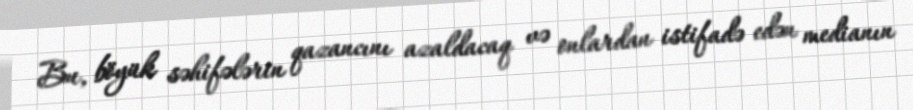
Bu, böyük səhifələrin qazancını azaldacaq və onlardan istifadə edən medianın